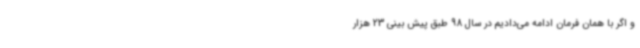
و اگر با همان فرمان ادامه می‌دادیم در سال 98 طبق پیش بینی 23 هزار